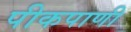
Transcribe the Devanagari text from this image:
पीकपाणी